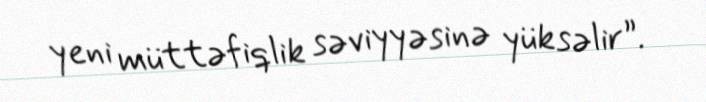
yeni müttəfiqlik səviyyəsinə yüksəlir”.